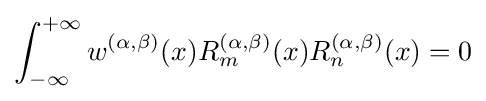
\int _{-\infty }^{+\infty }w^{(\alpha ,\beta )}(x)R_{m}^{(\alpha ,\beta )}(x)R_{n}^{(\alpha ,\beta )}(x)=0